Report of an investigation into the causes of the diseases known in Assam as Kála-Azár and Beri-Beri
Disease focus: Beri-Beri
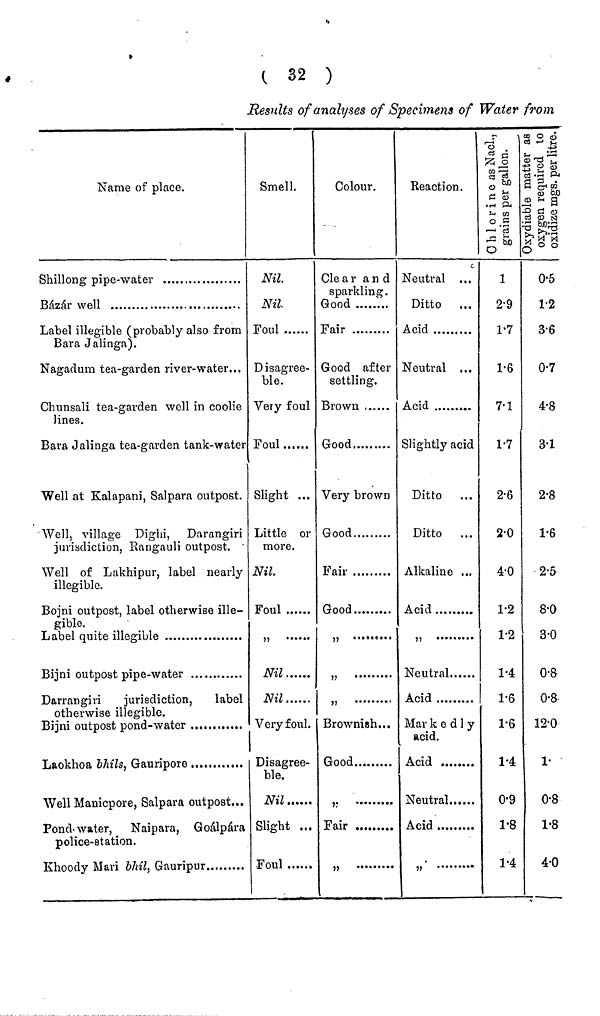
( 32 )
Results of analyses of Specimens of Water from
Name of place.
Shillong pipe-water
Bazar well
Label illegible (probably also from
Bara Jalinga).
Nagadum tea-garden river- water...
Chunsali tea-garden well in coolie
lines.
Bara Jalinga tea-garden tank-water
Well at Kalapani, Salpara outpost.
Well, village Dighi, Darangiri
jurisdiction, Rangauli outpost.
Well of Lakhipur, label nearly
illegible.
Bojni outpost, label otherwise ille-
gible.
Label quite illegible ..................
Bijni outpost pipe-water
Darrangiri
jurisdiction, label
otherwise illegible.
Bijni outpost pond -water
Well Manicpore, Salpara outpost...
Pond water, Naipara, Goálpára
police-station.
Khoody Mari bhíl, Gauripur
Smell.
Nil.
Nil.
Foul
Disagree-
ble.
Very foul
Foul
Slight ...
Little or
more.
Nil.
Foul
......
Nil
Nil
Very foul.
Disagree-
ble.
Nil
Slight ...
Foul
Colour.
Clear and
sparkling.
Good
Fair
Good after
settling.
Brown .......
Good .......
Very brown
Good
Fair
Good
Brownish...
Good
Fair
Reaction.
Neutral ...
Ditto ...
Acid
Neutral ...
Acid
Slightly acid
Ditto ...
Ditto ...
Alkaline ...
Neutral
Acid
Mar k ed1y
acid.
Neutral
1
29
1·7
1·6
7·1
1·7
2·6
2·0
4·0
1·2
1·2
1·4
1·6
1·6
1·4
0·9
1·8
1·4
0·5
1·2
3·6
0·7
4·8
3·1
2·8
1·6
2·5
8·0
3·0
0·8
0·8
12·0
1·
0·8
1·8
4·0